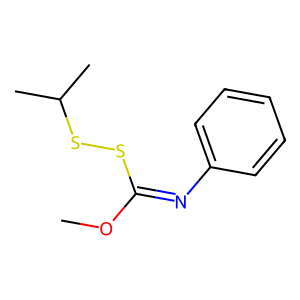
SMILES: COC(=Nc1ccccc1)SSC(C)C
Inhibits HIV replication: No